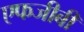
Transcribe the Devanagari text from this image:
एफजीबी